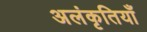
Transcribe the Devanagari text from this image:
अलंकृतियाँ